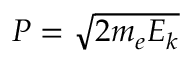
P = { \sqrt { 2 m _ { e } E _ { k } } }